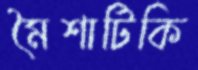
মৈশাটিকি